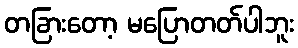
တခြားတော့ မပြောတတ်ပါဘူး